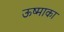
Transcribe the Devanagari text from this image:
ऊष्माका